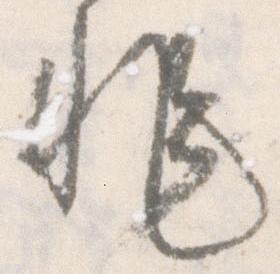
非